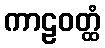
ကာဠဝတ္ထံ